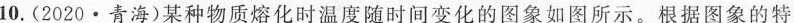
10.(2020·青海)某种物质熔化时温度随时间变化的图象如图所示。根据图象的特